Vaccination in Bombay 1889-1901 - 1889-1901
Year: 1889
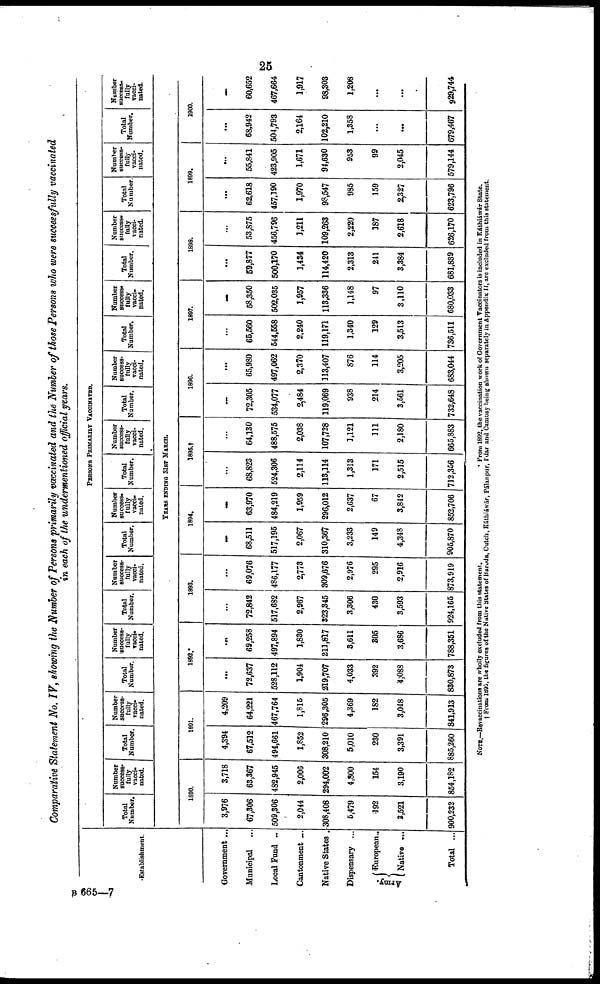
25
Comparative Statement No. IV, showing the Number of Persons primarily vaccinated and the Number of those Persons who were successfully vaccinated
in each of the undermentioned official years.
Establishment.
Government ...
Municipal ...
Local Fund ..
Cantonment ...
Native States .
Dispensary ...
Army.
European..
Native ...
Total ...
PERSONS PRIMARILY VACCINATED.
Total
Number.
Number
success
fully
vacci-
nated.
Total
Number.
Number
success-
fully
vacci-
nated.
Total
Number.
Number
success-
fully
vacci-
nated.
Total
Number.
Number
success-
fully
vacci-
nated.
Total
Number.
Number
success-
fully
vacci-
nated.
Total
Number.
Number
success¬
fully
vacci-
nated.
Total
Number.
Number
success¬
fully
vacci-
nated.
Total
Number.
Number
success-
fully
vacci-
nated.
Total
Number.
Number
success-
fully
vacci-
nated.
Total
Number
Number
success-
fully
vacci-
nated.
Total
Number.
Number
success-
fully
vacci-
nated.
YEARS ENDING 31ST MARCH.
1890.
3,976
67,306
509,306
2,044
308,408
5,479
192
3,521
900,232
3,718
63,367
482,945
2,006
294,002
4,800
154
3,190
854,182
1891.
4,394
67,512
494,661
1,852
308,210
5,010
230
3,391
886,260
4,209
64,221
467,764
1,815
296,305
4,369
182
3,048
841,913
1892*
...
72,637
528,112
1,904
219,707
4,033
392
4,088
830,873
...
69,258
497,894
1,830
211,817
3,611
305
3,686
788,351
1893.
...
72,842
517,682
2,967
323,345
3,306
430
3,593
924,165
...
69,076
486,177
2,773
309,676
2,976
295
2,916
873,919
1894.
...
68,511
517,195
2,067
310,367
3,233
149
4,348
905,870
...
63,970
484,219
1,959
296,012
2,637
67
3,842
852,706
1895.†
...
68,823
524,306
2,114
113,114
1,313
171
2,515
712,356
...
64,130
488,575
2,038
107,728
1,121
111
2,180
665,883
1896.
...
72,305
534,077
2,484
119,069
938
214
3,561
732,648
...
65,980
497,062
2,370
113,407
876
114
3,205
683,044
1897.
...
66,560
544,558
2,240
119,171
1,340
129
3,513
736,511
...
58,350
502,035
1,957
113,336
1,148
97
3,110
680,033
1898.
...
59,877
500,170
1,434
114,420
2,313
241
3,384
681,839
...
53,875
456,796
1,211
109,263
2,220
187
2,618
626,170
1899.
...
62,618
457,190
1,970
98,547
985
159
2,327
623,796
...
55,841
423,905
1,671
94,630
953
99
2,045
579,144
1900.
68,942
504,793
2,164
102,210
1,358
...
...
679,467
...
60,652
467,664
1,917
98,303
1,208
...
...
929,744
NOTE.—Revaccinations are wholly excluded from this statement.
* From 1892, the vaccination work of Government Vaccinators is included in Káthiáwár State.
† From 1895, the figures of the Native States of Baroda, Cutch, Káthiáwár, Pálanpur, I'dar and Cambay being shown separately in Appendix II, are excluded from this statement.
B 665—7